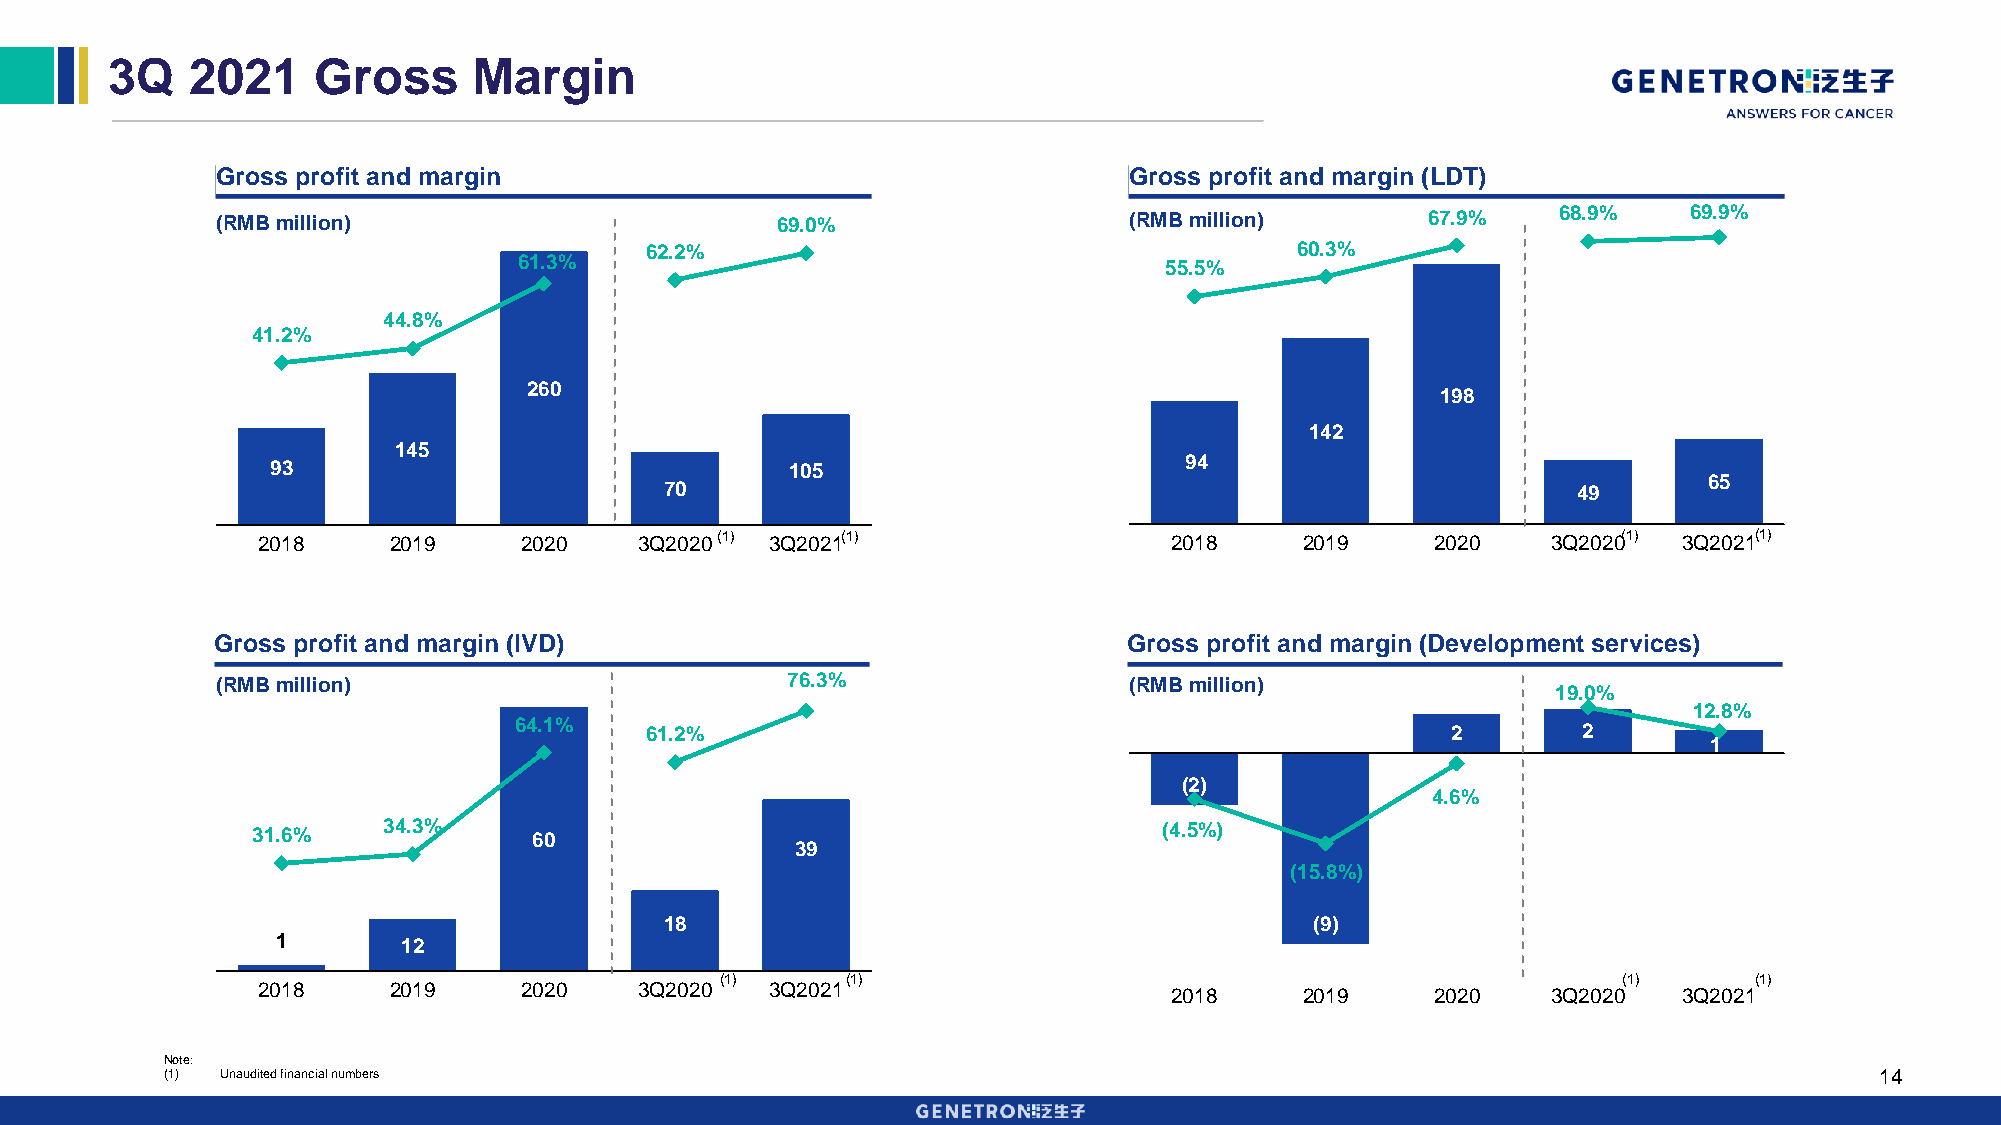
3Q   2021     Gross     Margin
 Gross profit and margin                                      Gross profit and margin (LDT)
 (RMB million)                        69.0%                   (RMB million)      67.9%    68.9%    69.9%
 62.2%                                      60.3%
 61.3%                                      55.5%
 44.8%
 41.2%
 260
 198
 142
 145
 94
 93                                105
 65
 70                                                          49
 2018     2019    2020    3Q2020(1) 3Q2021(1)                 2018    2019     2020    3Q2020(1) 3Q2021(1)
 Gross profit and margin (IVD)                                Gross profit and margin (Development services)
 (RMB million)                         76.3%                  (RMB million)
 19.0%
 12.8%
 64.1%
 61.2%                                                2        2
 1
 (2)
 4.6%
 31.6%   34.3%     60                                        (4.5%)
 39
 (15.8%)
 18                                         (9)
 1        12
 (1)     (1)                                                (1)      (1)
 2018     2019    2020    3Q2020   3Q2021                     2018    2019     2020    3Q2020  3Q2021
 Note:
 (1) Unaudited financial numbers                                                                                  14